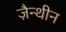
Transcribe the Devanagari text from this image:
ज़ैन्थीन